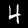
Label: 4